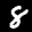
Label: 8